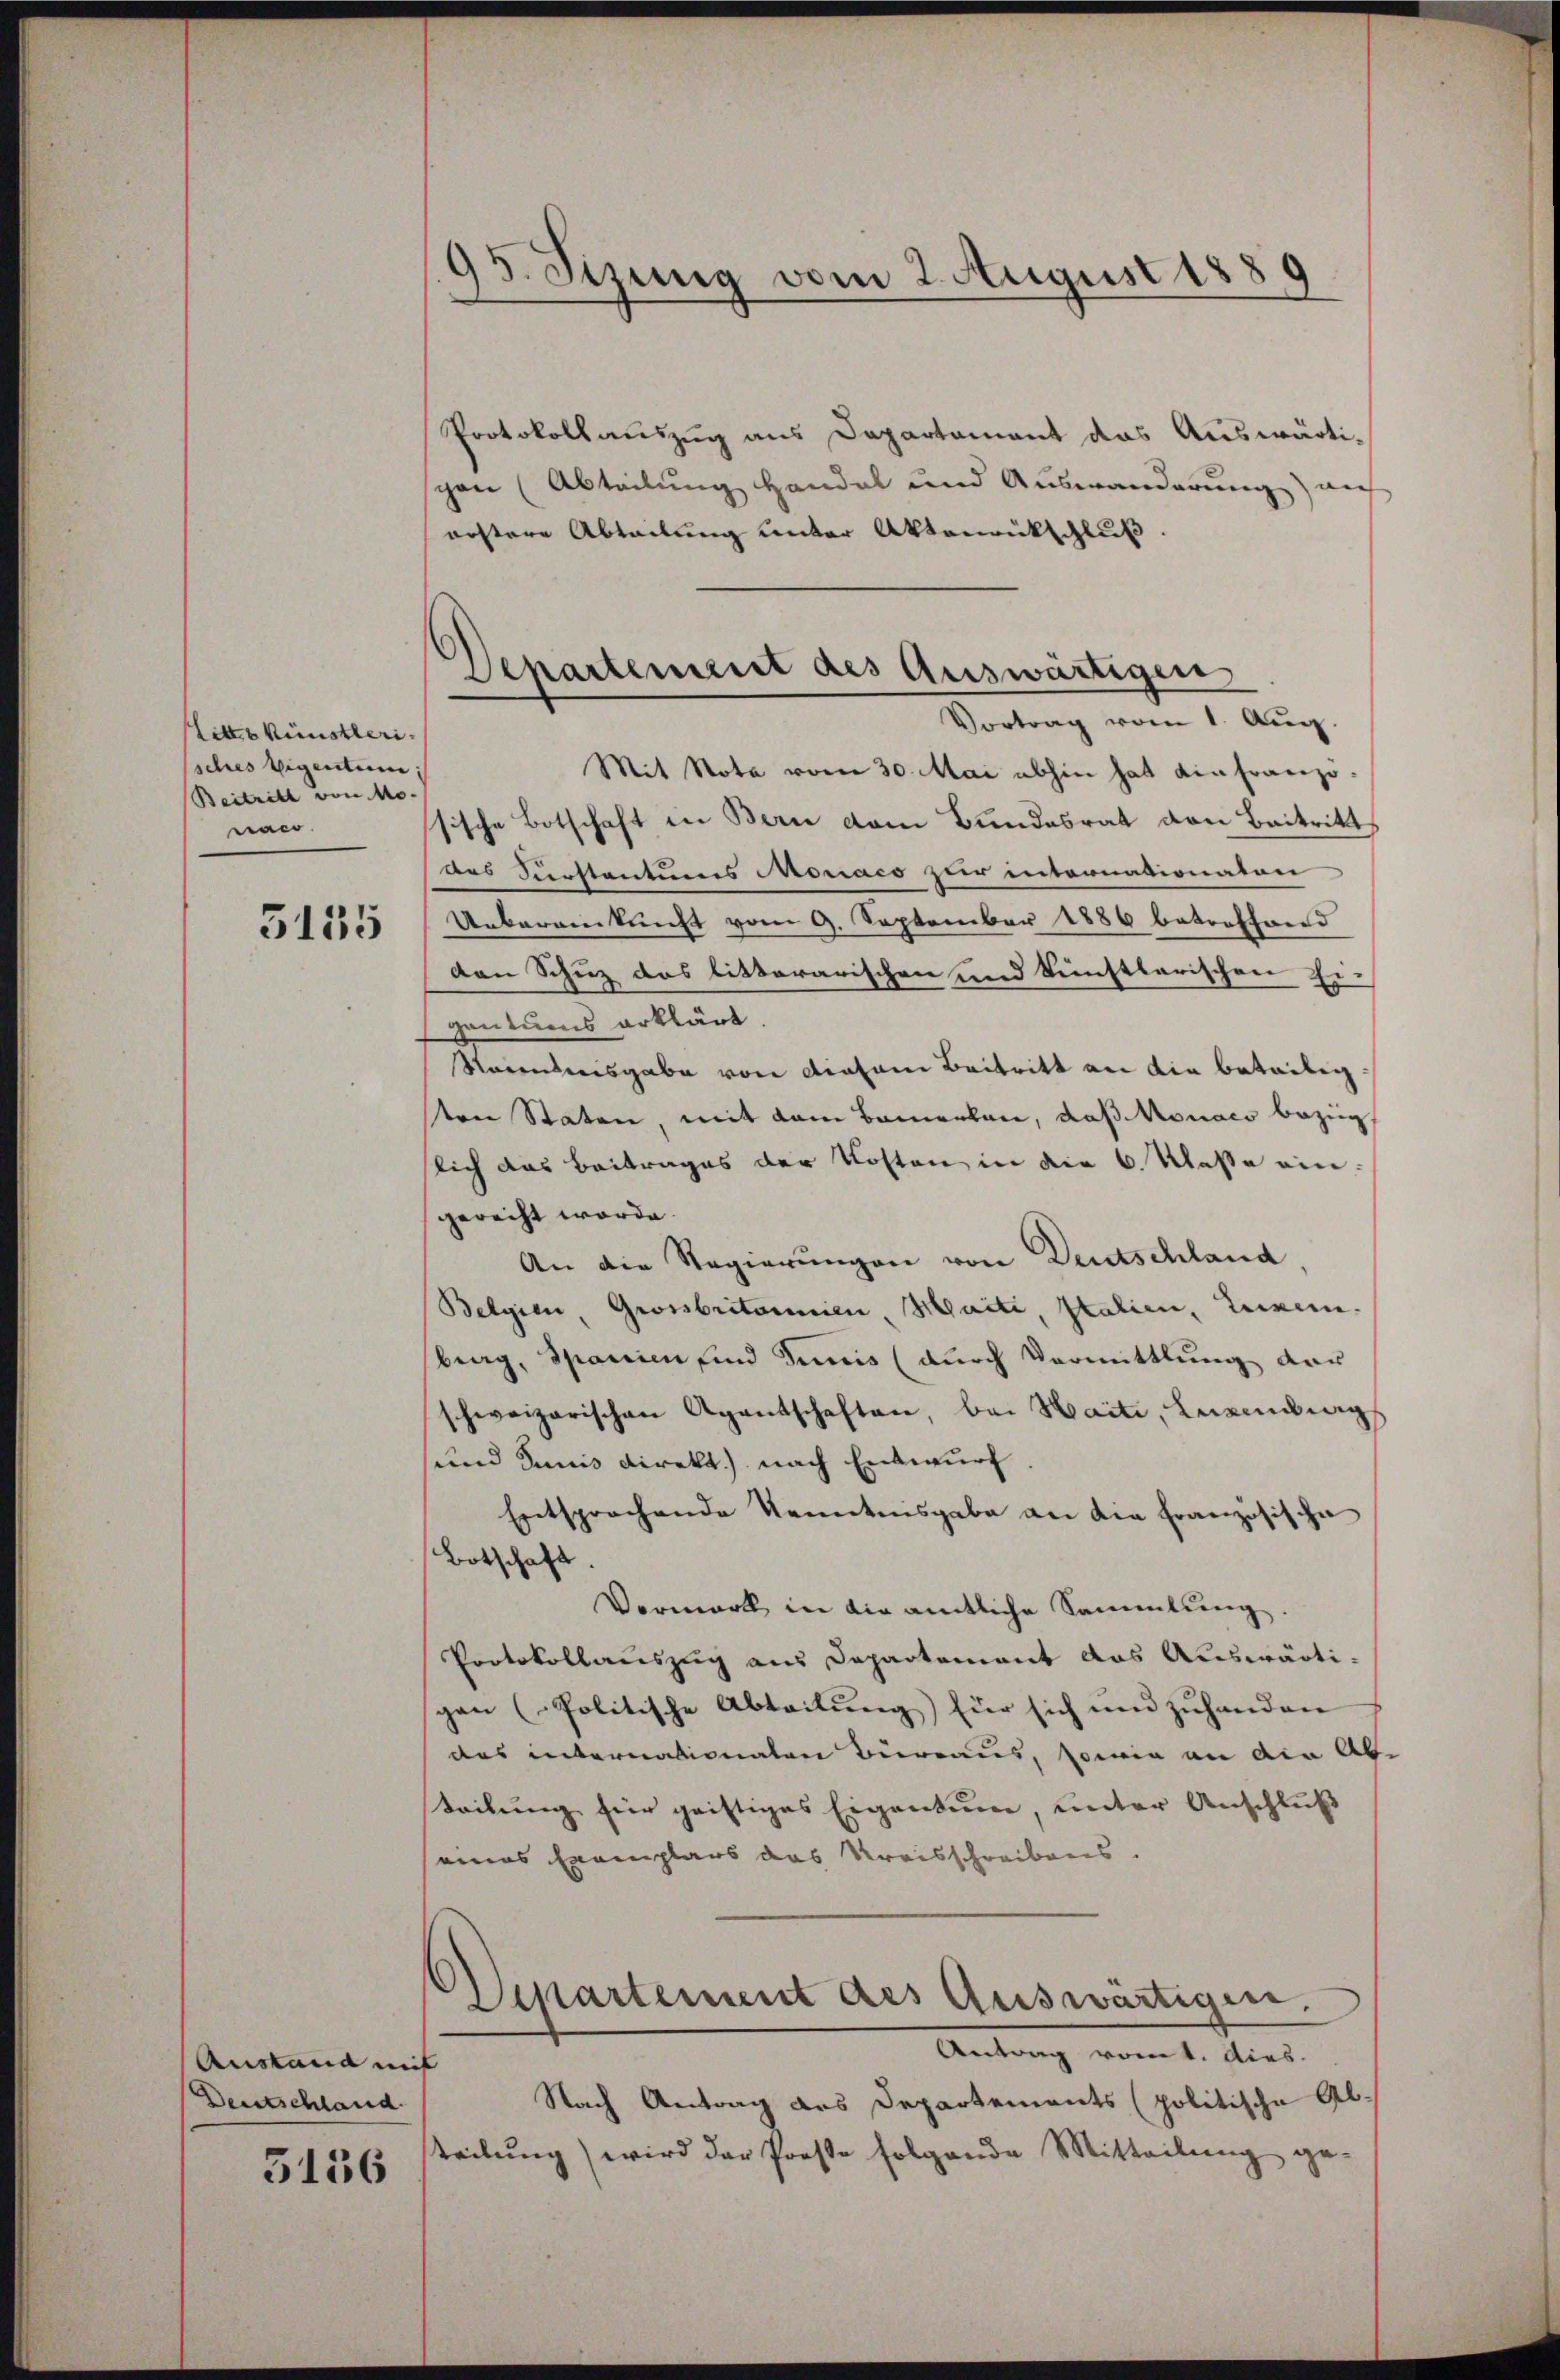
Litt. Künstleri
sches Eigentum
Beitritt von Mo-
raco

5155

Austand mit
Deutschland
5136

95. Sizung vom 2. August 1889

Departement des Auswärtigen
Vortrag vom 1. Aug

Protokollauszug aus Departament das Auswärtischon (Abteilung Handel und Auswanderung) auf
erstere Abteilung unter Aktenrückschluß
Mit Nota vom 30. Mai abhin hat ein Franzo
sische Botschaft in Bern dem Bundesrat von Baitritt
des Seerstantums Monaco zur internationalen
Uebereinkunft vom 9. September 1886 betreffend
den Schuz das litterarischen und künstlerischen Ei-
gentums erklärt
Naientnisgabe von diesem Beitritt an die betätig.
sten Staten mit dem Bemerken, daß Monats Bezug,
slich das Beitrages der Kosten in die 6. Klasse eingerecht werde.
An die Regierungen von Deutschland
Belgien Grossbritorien Maite, Italien, Luzern
berg, Spanien und Junis (durch Vermittlung der
schweizerischen Agentschaften, bei Hait, Lesendungs
und Sanis Direkt.) nach Entwurf
Entsprochende Kenntnisgabe an die Französische
Botschaft
Vermark in die amtliche Sammlung.
Protokollauszug aus Departement das Auswärtipan (Politische Abteilŭng für sich und zuhanden
des internationaten Bierraus, sowie an die Ab
teilung für geistiges Eigentum, unter Anschluß
eines Exemplars das Kreisschreibens.
Departement des Auswärtigen.
Antrag vom k. Aies.
Nach Antrag des Departements (politische Ab-
teilŭng wird der Prose folgende Mitteilŭng ge-